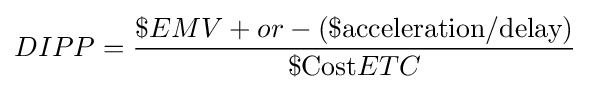
{\begin{aligned}DIPP={\$EMV+or-(\${\text{acceleration}}/{\text{delay}}) \over \${\text{Cost}}ETC}\end{aligned}}